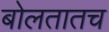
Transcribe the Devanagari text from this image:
बोलतातच